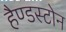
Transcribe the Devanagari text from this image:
हैण्डस्टोन